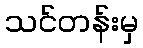
သင်တန်းမှ